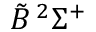
\tilde { B } \, ^ { 2 } \Sigma ^ { + }